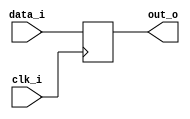
`timescale 1ns / 1ps
//////////////////////////////////////////////////////////////////////////////////
//////////////////////////////////////////////////////////////////////////////////


module shift_reg #(
    parameter WIDTH = 16
    )(
    input wire [WIDTH-1:0] data_i,
    input wire             clk_i,
    
    output wire [WIDTH-1:0] out_o
    );
    reg [WIDTH-1:0] data_q;
    assign out_o = data_q;
    
    always @(posedge clk_i) begin
        data_q <= data_i;
    end
endmodule